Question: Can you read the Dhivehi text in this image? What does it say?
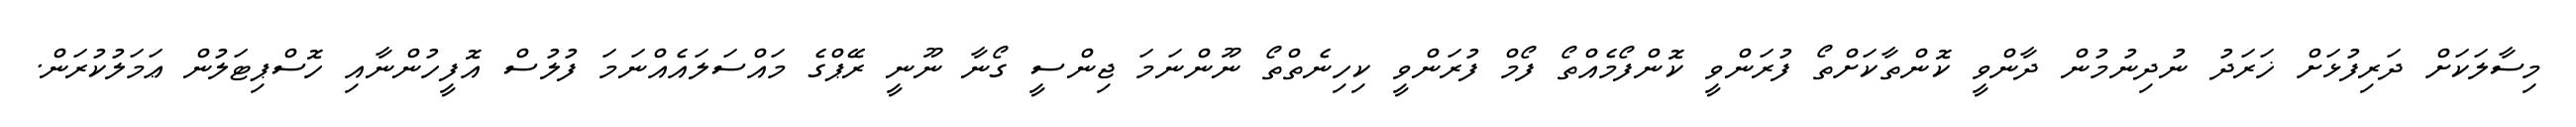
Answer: މިސާލަކަށް ދަރިފުޅަށް ޚަރަދު ނުދިނުމުން ދާންވީ ކޮންތާކަށްތޯ ފުރަންވީ ކޮންފޯމެއްތޯ ފޯމް ފުރަންވީ ކިހިނެތްތޯ ނޫންނަމަ ޖިންސީ ގޯނާ ނޫނީ ރޭޕްގެ މައްސަލައެއްނަމަ ފުލުސް އޮފީހުންނާއި ހޮސްޕިޓަލުން ޢަމަލުކުރަން.